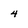
Character: 4